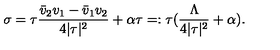
\sigma = \tau \frac { \bar { v } _ { 2 } v _ { 1 } - \bar { v } _ { 1 } v _ { 2 } } { 4 | \tau | ^ { 2 } } + \alpha \tau = : \tau ( \frac { \Lambda } { 4 | \tau | ^ { 2 } } + \alpha ) .